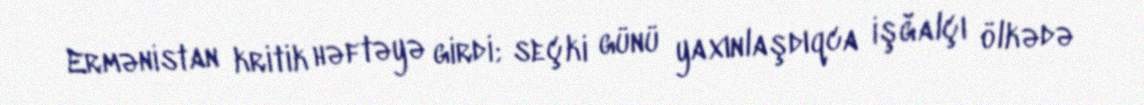
Ermənistan kritik həftəyə girdi; seçki günü yaxınlaşdıqca işğalçı ölkədə